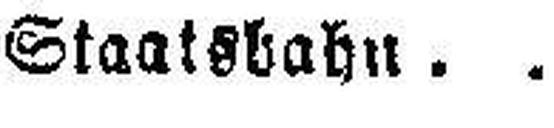
Staatsbahn